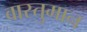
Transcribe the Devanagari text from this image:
वास्तुमान